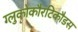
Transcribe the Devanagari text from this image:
ग्लुकोकौरटिकौडस